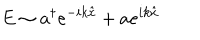
E \sim a ^ { \dagger } e ^ { - i k \hat { x } } + a e ^ { i k \hat { x } }